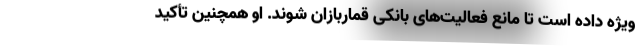
ویژه داده است تا مانع فعالیت‌های بانکی قماربازان شوند. او همچنین تأکید